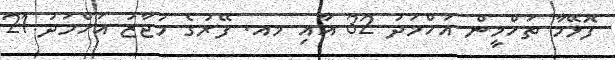
ފޮޅޭމާ ތަހްމީން އަހްމަދު 32 އާއި މއ. ފޭރުގެ މުޖާޒު އަހްމަދު 21